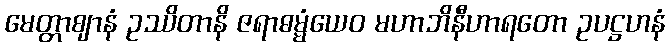
မေတ္တာဈာနံ ဥဿိတာနိ ဇရာဓမ္မံယေဝ မဟာဘိနီဟာရတော ဥပဋ္ဌဟနံ